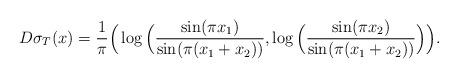
LaTeX: \begin{align*} D\sigma_T (x) =\frac{1}{\pi} \Big(\log \Big(\frac{\sin (\pi x_1)}{\sin (\pi(x_1+ x_2))}, \log \Big(\frac{\sin (\pi x_2)}{\sin (\pi(x_1+ x_2))}\Big)\Big). \end{align*}